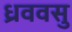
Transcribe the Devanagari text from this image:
ध्रववसु